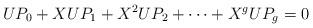
LaTeX: \begin{align*} UP_0 + XUP_1 + X^2UP_2 + \dots + X^g U P_g = 0\end{align*}